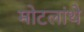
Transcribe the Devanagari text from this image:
मोटलांथे